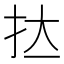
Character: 𭠑